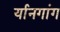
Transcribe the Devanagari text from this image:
र्यानगांग